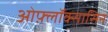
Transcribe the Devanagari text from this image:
ओफ़्लॉक्सासिन